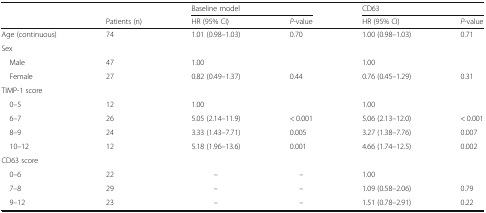
<table><thead><tr><td colspan="2"></td><td colspan="2"><b>Baseline model</b></td><td colspan="2"><b>CD63</b></td></tr><tr><td></td><td><b>Patients (n)</b></td><td><b>HR (95% CI)</b></td><td><b><i>P</i>-value</b></td><td><b>HR (95% CI)</b></td><td><b><i>P</i>-value</b></td></tr></thead><tbody><tr><td>Age (continuous)</td><td>74</td><td>1.01 (0.98–1.03)</td><td>0.70</td><td>1.00 (0.98–1.03)</td><td>0.71</td></tr><tr><td colspan="6">Sex</td></tr><tr><td> Male</td><td>47</td><td>1.00</td><td></td><td>1.00</td><td></td></tr><tr><td> Female</td><td>27</td><td>0.82 (0.49–1.37)</td><td>0.44</td><td>0.76 (0.45–1.29)</td><td>0.31</td></tr><tr><td colspan="6">TIMP-1 score</td></tr><tr><td> 0–5</td><td>12</td><td>1.00</td><td></td><td>1.00</td><td></td></tr><tr><td> 6–7</td><td>26</td><td>5.05 (2.14–11.9)</td><td>&lt; 0.001</td><td>5.06 (2.13–12.0)</td><td>&lt; 0.001</td></tr><tr><td> 8–9</td><td>24</td><td>3.33 (1.43–7.71)</td><td>0.005</td><td>3.27 (1.38–7.76)</td><td>0.007</td></tr><tr><td> 10–12</td><td>12</td><td>5.18 (1.96–13.6)</td><td>0.001</td><td>4.66 (1.74–12.5)</td><td>0.002</td></tr><tr><td colspan="6">CD63 score</td></tr><tr><td> 0–6</td><td>22</td><td>–</td><td>–</td><td>1.00</td><td></td></tr><tr><td> 7–8</td><td>29</td><td>–</td><td>–</td><td>1.09 (0.58–2.06)</td><td>0.79</td></tr><tr><td> 9–12</td><td>23</td><td>–</td><td>–</td><td>1.51 (0.78–2.91)</td><td>0.22</td></tr></tbody></table>